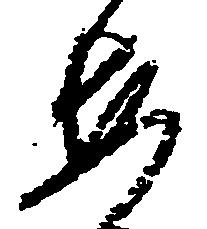
安